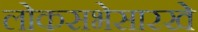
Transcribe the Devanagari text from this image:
लोकसभेसारखे